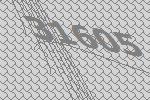
31605